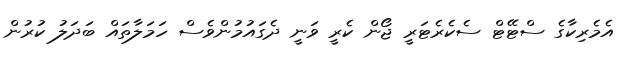
އެމެރިކާގެ ސްޓޭޓް ސެކެރެޓަރީ ޖޯން ކެރީ ވަނީ ދެގައުމުންވެސް ހަމަލާތައް ބަދަލު ކުރުން